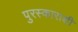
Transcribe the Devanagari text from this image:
पुरस्काराशी